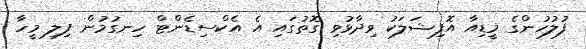
ފުލުހުންގެ މީޑިއާ އޮފިޝަލަކު ވިދާޅުވި ގޮތުގައި އެ އެކްސިޑެންޓް ހިނގުމުން ފިލި މީހާ